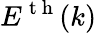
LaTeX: {{E}^{\mathrm{~t~h~}}}(k)